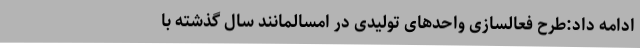
ادامه داد:طرح فعالسازی واحد‌های تولیدی در امسالمانند سال گذشته با